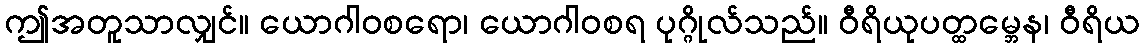
ဤအတူသာလျှင်။ ယောဂါဝစရော၊ ယောဂါဝစရ ပုဂ္ဂိုလ်သည်။ ဝီရိယုပတ္ထမ္ဘေန၊ ဝီရိယ